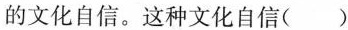
的文化自信。这种文化自信( )